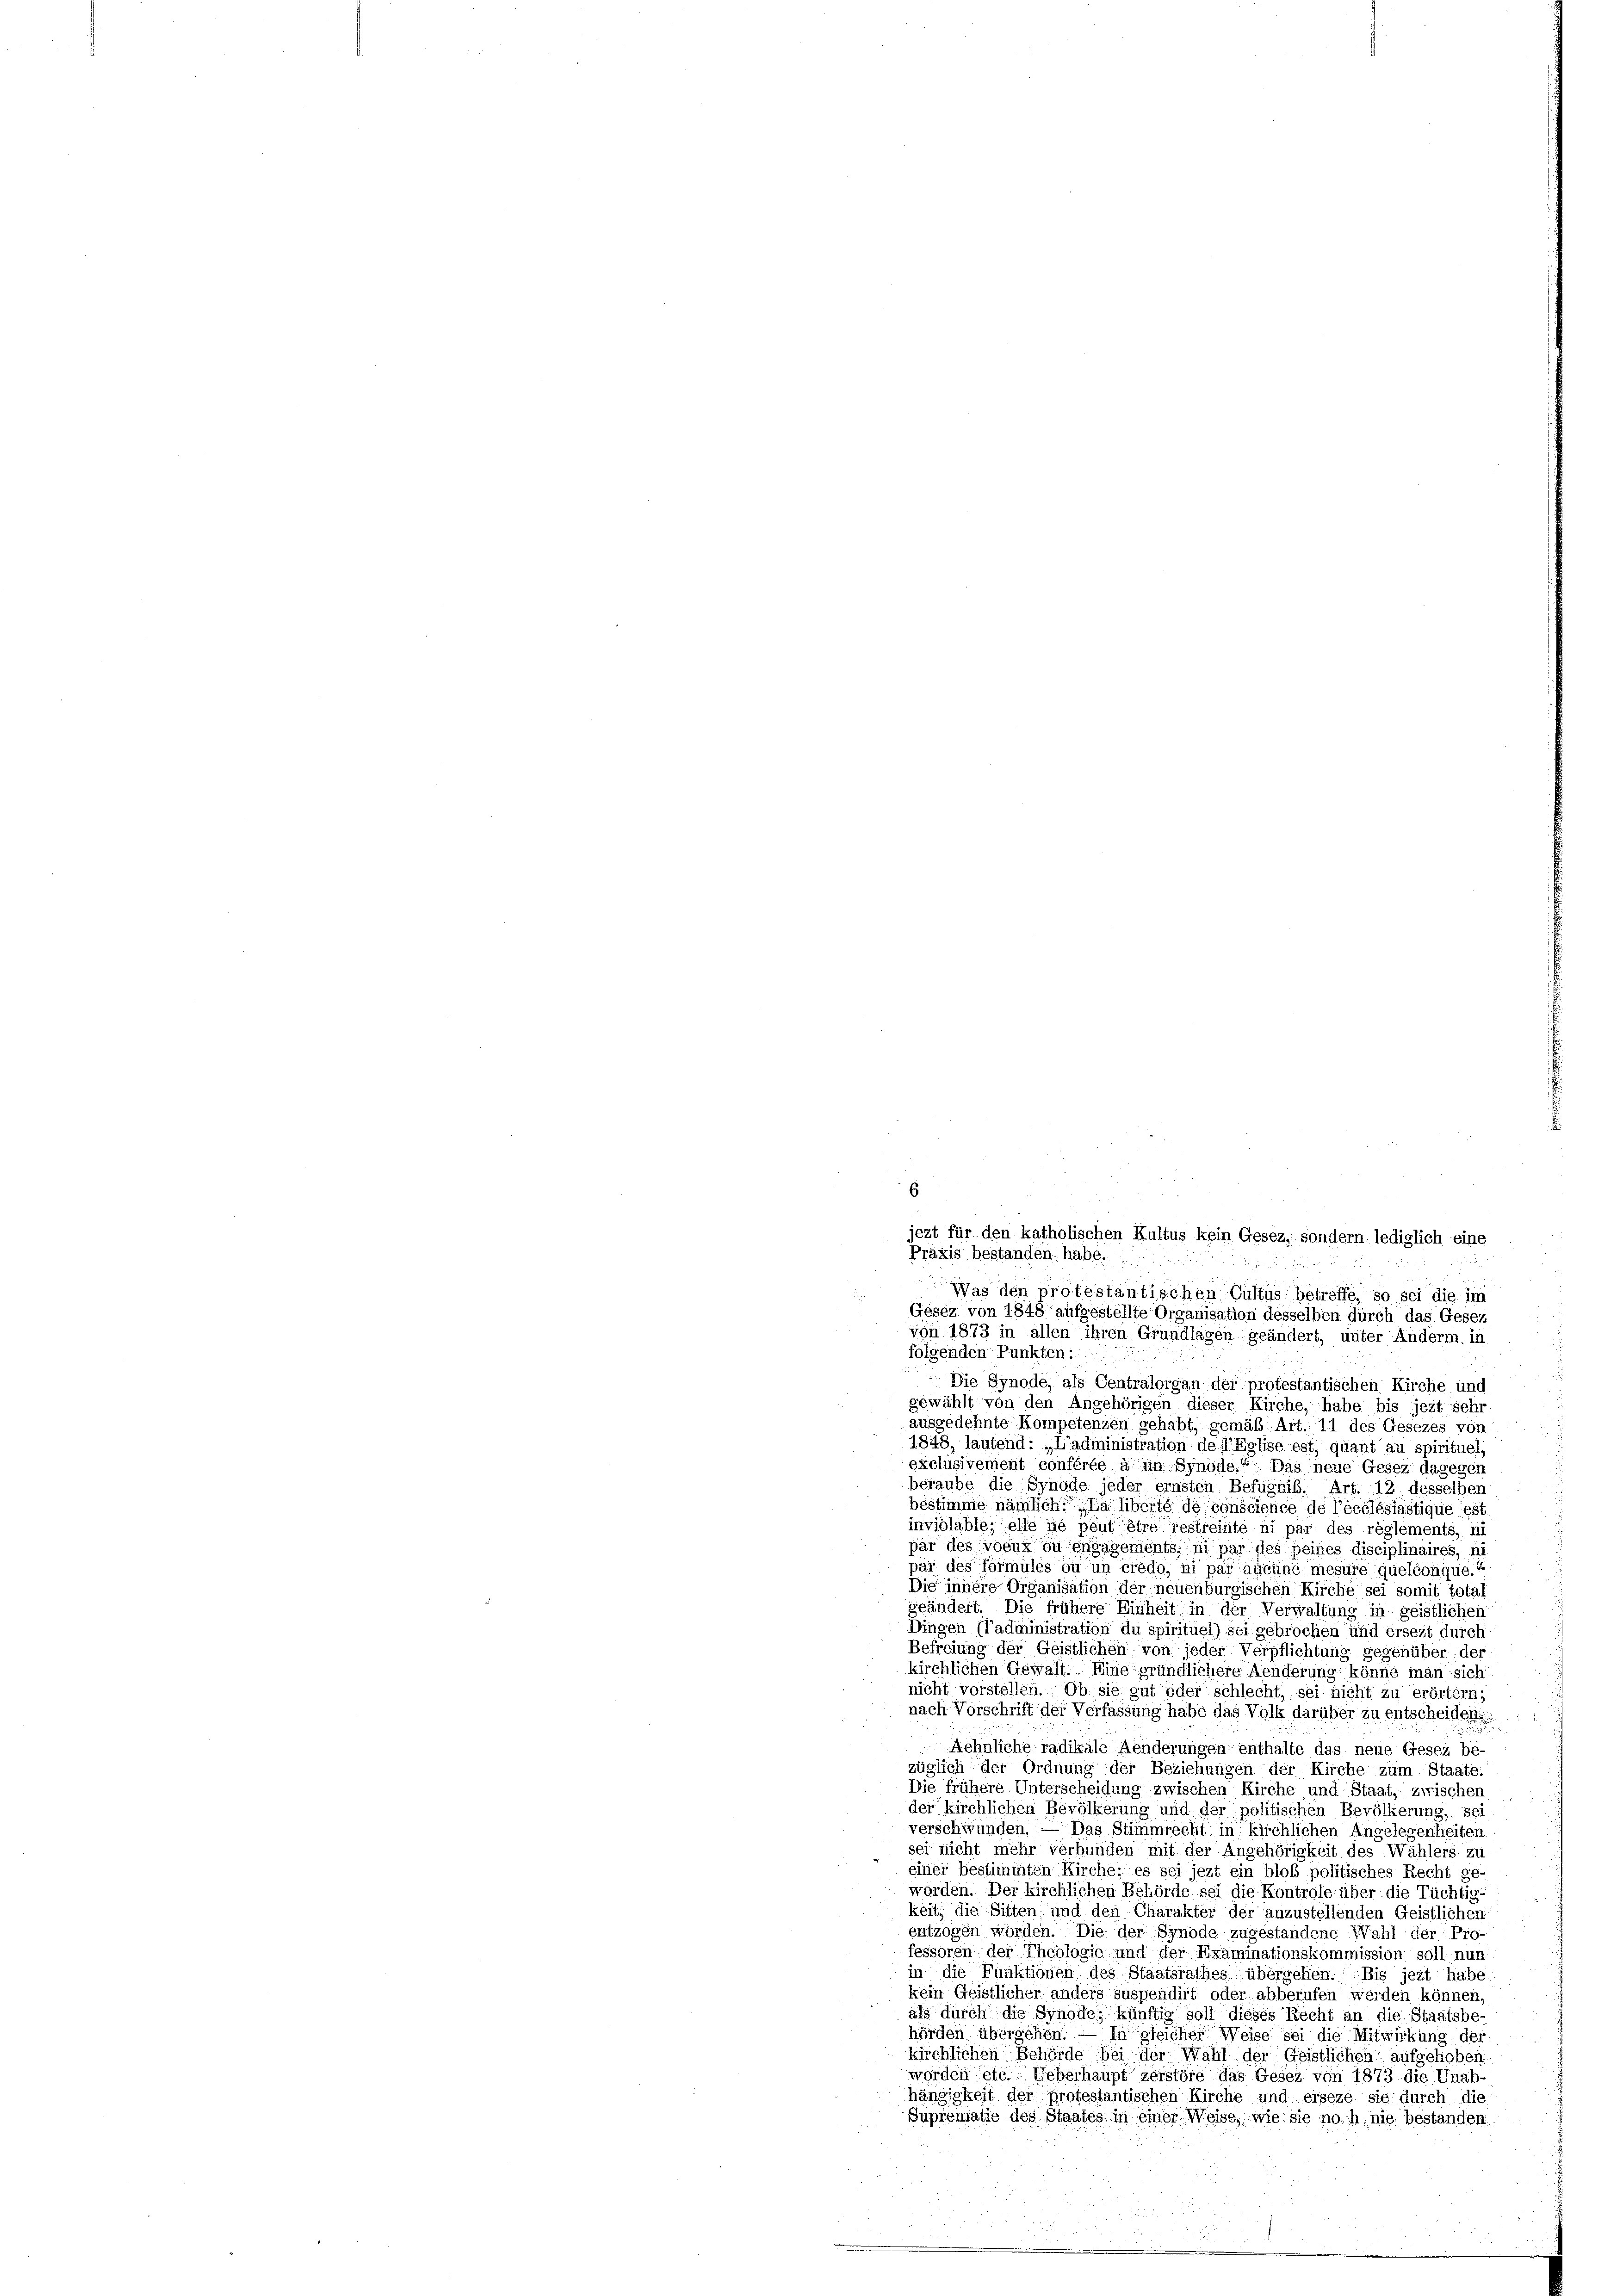
Was den protestantischen Custus betreffe, so sei die im
Gesez von 1848 aufgestellte Organisation desselben durch das Gesez
von 1873 in allen ihren Grundlagen geändert, unter Anderm. in
folgenden Punkten:
Die Synode, als Centraloigan der protestantischen Kirche und
gewählt von den Angehörigen dieser Kirche, habe bis jezt sehr
ausgedehnte Kompetenzen gehabt, gemäß Art. 11 des Gesezes von
1843, lautend: „L’administration de Eglise est, quant au spirituel,
exclusivement conférée à in Synode.“ Das neue Gesez dagegen
beraube die Synode jeder ernsten Befugnis. Art. 12 desselben
bestimme nämlich. La liberté de conscience de l’ecclésiastique est.
inviolable; elle ne peut être restreinte ni par des règlements, ni
pär des voeux ou engagements, ni par des peines disciplinaires, ni
pär des formules ou un credo, ni par aucune mesure quelconque.“
Die innere Organisation der neuenburgischen Kirche sei somit total
geändert. Die frühere Einheit in der Verwaltung in geistlichen
Dingen (l’administration du spirituel) sei gebrochen und ersezt durch
Befreiung der Geistlichen von jeder Verpflichtung gegenüber der
kirchlichen Gewalt. Eine gründlichere Aenderung könne man sich
nicht vorstellen. Ob sie gut oder schlecht, sei nicht zu erörtern;
nach Vorschrift der Verfassung habe das Volk darüber zu entscheiden.
Aehnliche radikale Aenderungen enthalte das neue Gesez be-
züglich der Ordnung der Beziehungen der Kirche zum Staate.
Die frühere Unterscheidung zwischen Kirche und Staat, zwischen
der kirchlichen Bevölkerung und der politischen Bevölkerung, sei
verschwunden. — Das Stimmrecht in kirchlichen Angelegenheiten
sei nicht mehr verbunden mit der Angehörigkeit des Wählers zu
einer bestimmten Kirche; es sei jezt ein bloß politisches Recht ge-
worden. Der kirchlichen Behörde sei die Kontrole über die Tüchtig
keit, die Sitten; und den Charakter der anzustellenden Geistlichen
entzogen worden. Die der Synode zugeständene Wahl der Pro-
fessoren der Theologie und der Examinationskommission soll nun
in die Funktionen des Staatsrathes übergehen. Bis jezt habe
kein Geistlicher anders suspendirt oder abberufen werden können,
als durch die Synode, künftig soll dieses Recht an die Staatsbe-
hörden übergehen. — In gleicher Weise sei die Mitwirkung der
kirchlichen Behörde bei der Wahl der Geistlichen aufgehoben
worden etc. Ueberhaupt zerstöre das Gesez von 1873 die Unab-
hängigkeit der protestantischen Kirche und erseze sie durch die
Suprematie des Staates in einer Weise, wie sie noh, nie bestanden.

6
jezt für den katholischen Kultus kein Gesez, sondern lediglich eine
Praxis bestanden habe.
. zu